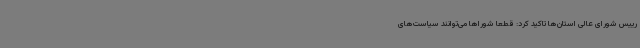
رییس شورای عالی استان‌ها تاکید کرد: قطعا شوراها می‌توانند سیاست‌های